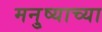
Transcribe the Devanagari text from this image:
मनु्ष्याच्या